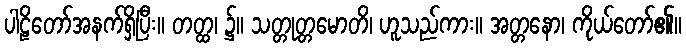
ပါဠိတော်အနက်ရှိပြီး။ တတ္ထ၊ ၌။ သတ္တုတ္တမောတိ၊ ဟူသည်ကား။ အတ္တနော၊ ကိုယ်တော်၏။